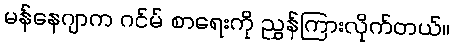
မန်နေဂျာက ဂင်မ် စာရေးကို ညွှန်ကြားလိုက်တယ်။